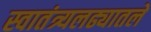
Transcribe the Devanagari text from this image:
स्वातंत्र्यलढ्यातले